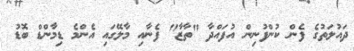
ދައުލަތުގެ ފެން ކުންފުނިން އުފައްދާ "ތާޒާ" ފެނާއި މާލޭގައި އެންމެ ޑިމާންޑް ބޮޑު